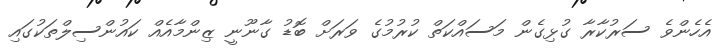
އެހެންވެ ސަރުކާރާ ގުޅިގެން މަސައްކަތް ކުރުމުގެ ވަރަށް ބޮޑު ގާނޫނީ ޒިންމާއެއް ކައުންސިލްތަކުގައި